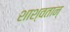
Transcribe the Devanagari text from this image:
शाश्वतान्